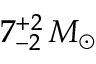
7 _ { - 2 } ^ { + 2 } \, M _ { \odot }